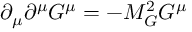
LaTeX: \partial _ { \mu } \partial ^ { \mu } G ^ { \mu } = - M _ { G } ^ { 2 } G ^ { \mu }